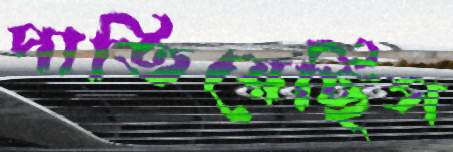
পাতিয়েছিস